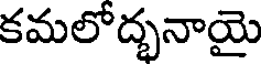
కమలోద్భనాయై